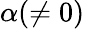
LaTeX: \alpha(\neq 0)